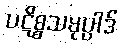
ပဋိစ္စသမုပ္ပါဒ်